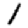
Digit: 1